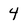
Character: 4